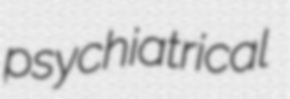
psychiatrical